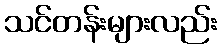
သင်တန်းများလည်း